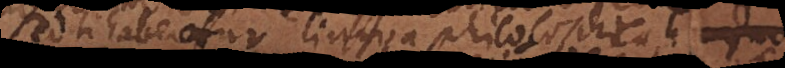
sed si haberetur lingua philosophica